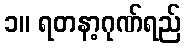
၁။ ရတနာ့ဂုဏ်ရည်